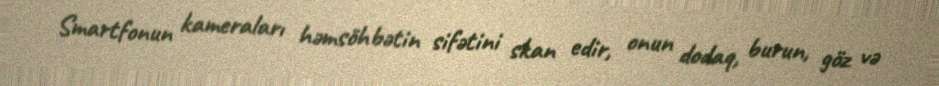
Smartfonun kameraları həmsöhbətin sifətini skan edir, onun dodaq, burun, göz və